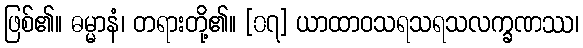
ဖြစ်၏။ ဓမ္မာနံ၊ တရားတို့၏။ [၀၇] ယာထာဝသရသရသလက္ခဏဿ၊